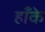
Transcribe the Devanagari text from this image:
हाँके